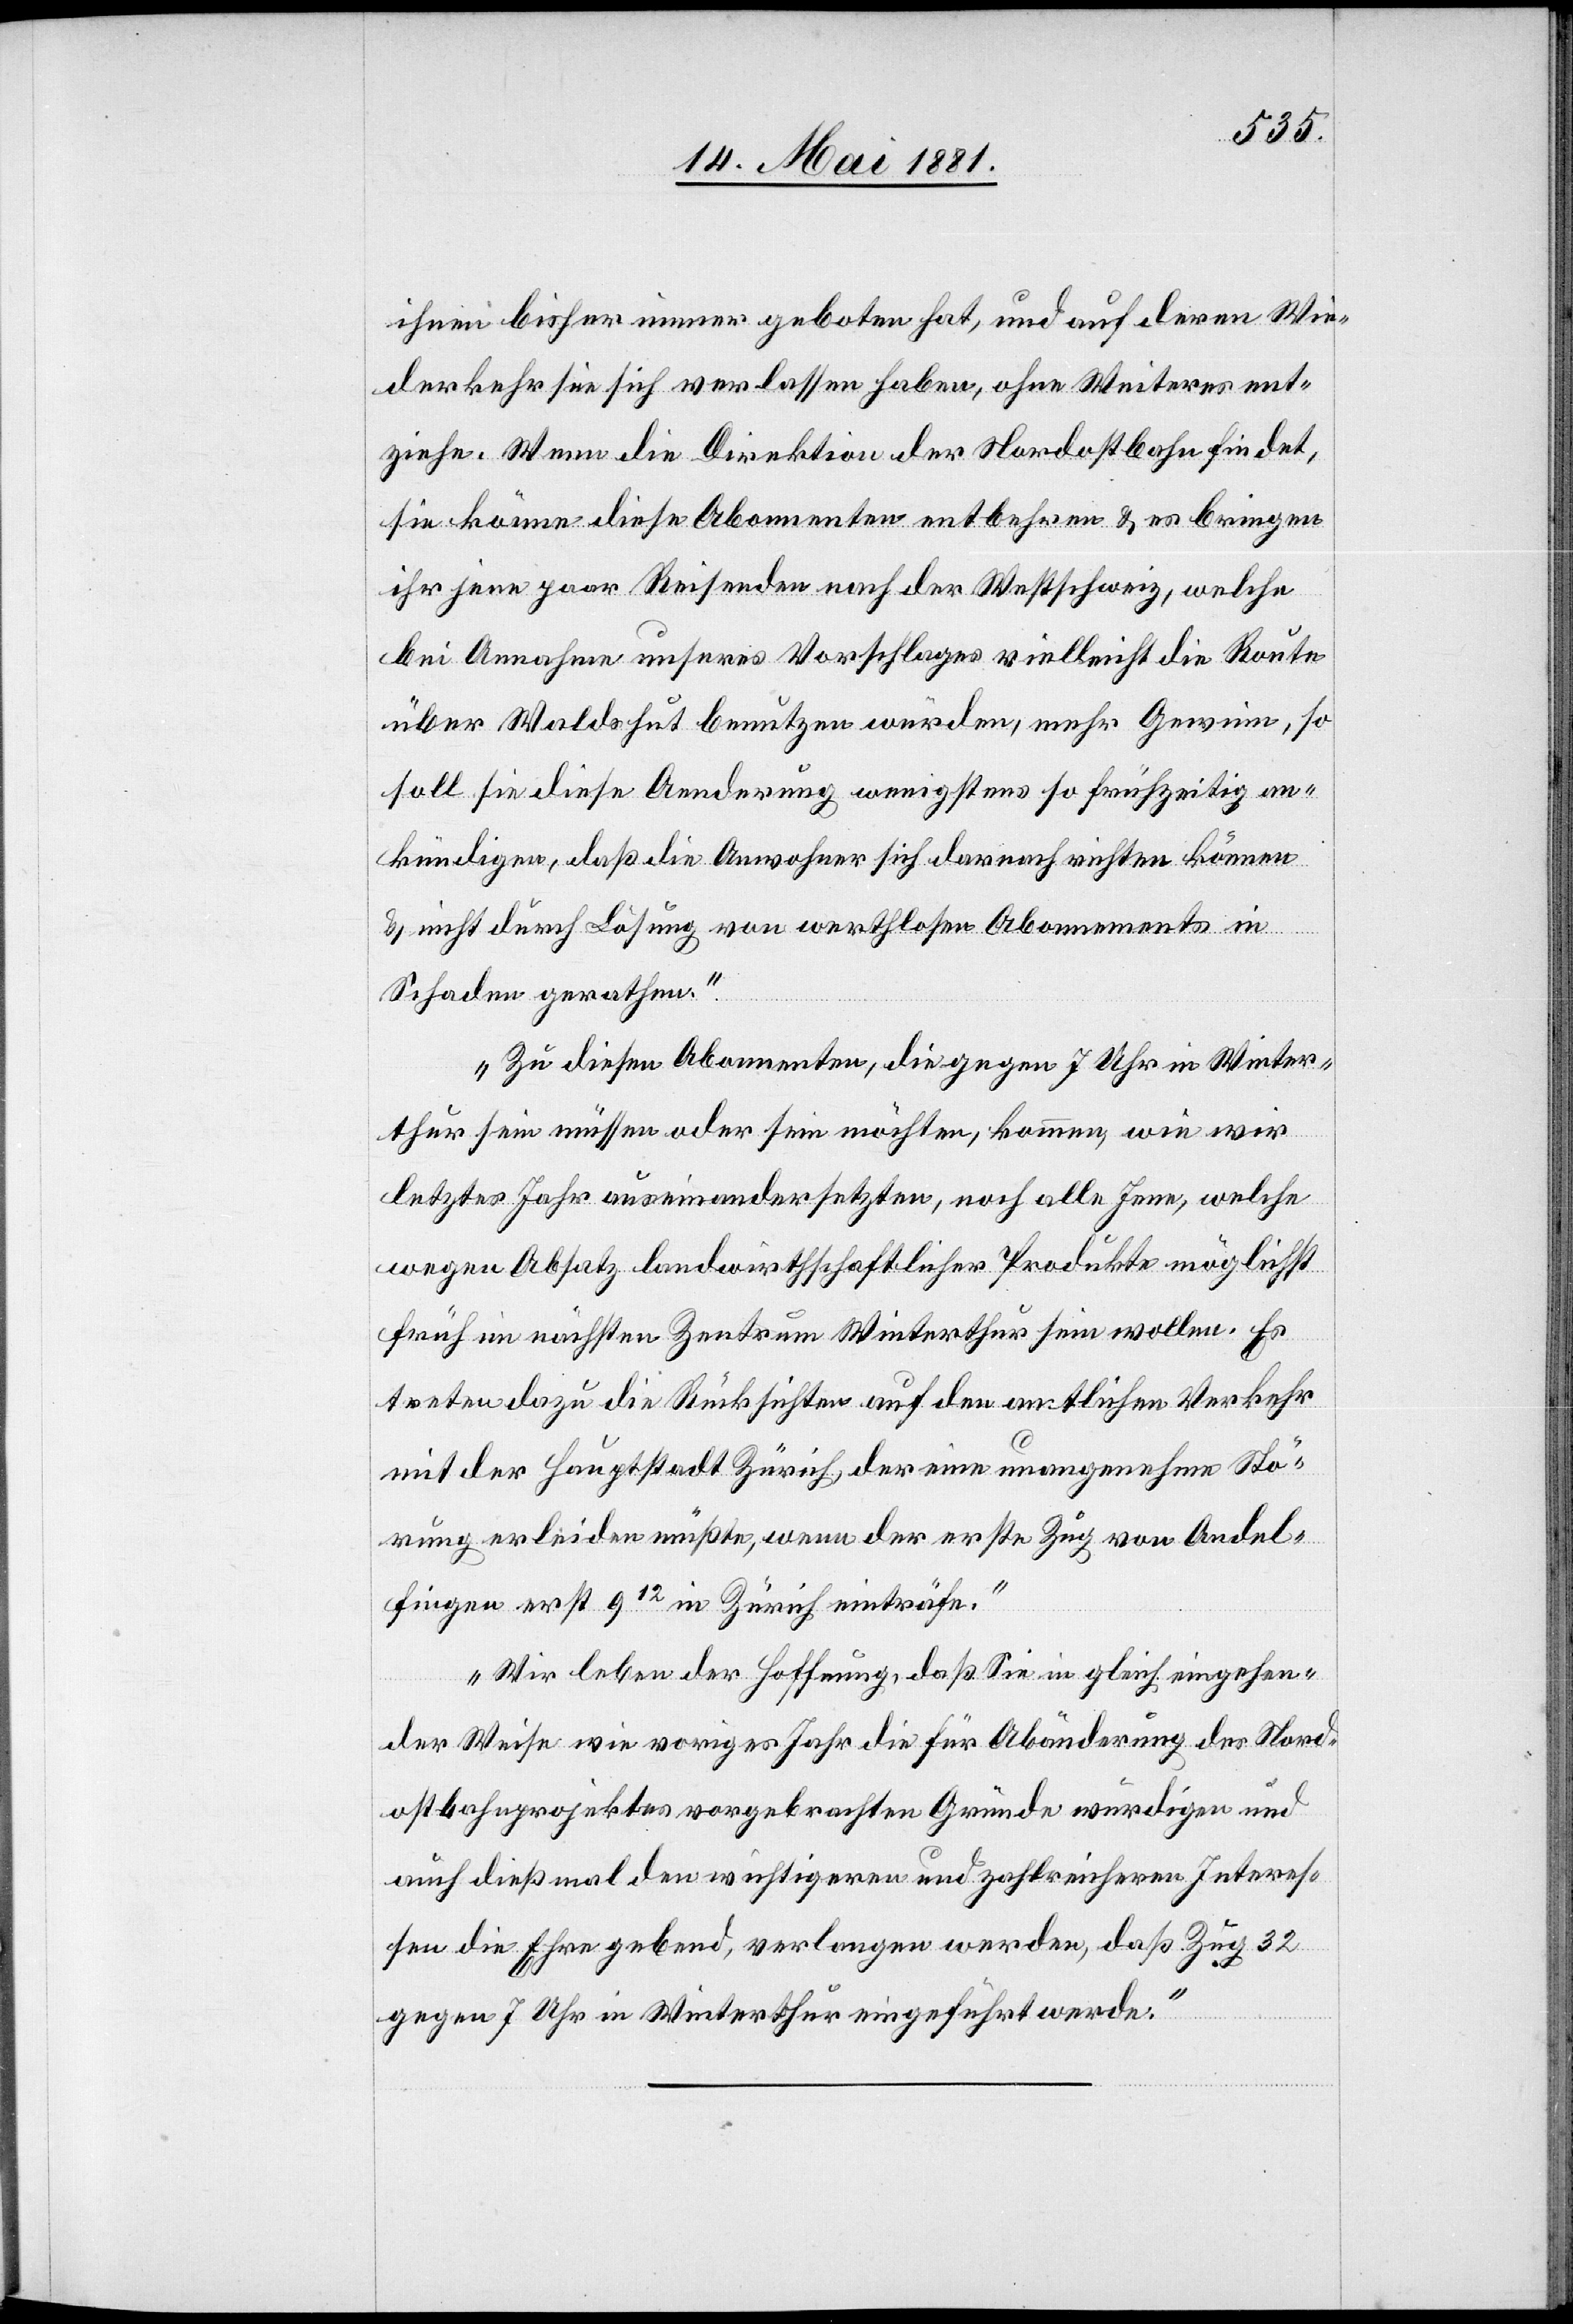
ihnen bisher immer geboten hat, und auf deren Wie¬
derkehr sie sich verlassen haben, ohne Weiteres ent¬
ziehe. Wenn die Direktion der Nordostbahn findet,
sie könne diese Abonnenten entbehren & es bringen
ihr jene paar Reisenden nach der Westschweiz, welche
bei Annahme unseres Vorschlages vielleicht die Route
über Waldshut benutzen würden, mehr Gewinn, so
soll sie diese Aenderung wenigstens so frühzeitig an¬
kündigen, daß die Anwohner sich darnach richten können
& nicht durch Lösung von werthlosen Abonnements in
Schaden gerathen.
Zu diesen Abonnenten, die gegen 7 Uhr in Winter¬
thur sein müssen oder sein möchten, kommen, wie wir
letztes Jahr auseinandersetzten, noch alle Jene, welche
wegen Absatz landwirthschaftlicher Produkte möglichst
früh im nächsten Zentrum Winterthur sein wollen. Es
treten dazu die Rücksichten auf den amtlichen Verkehr
mit der Hauptstadt Zürich, der eine unangenehme Stö¬
rung erleiden müßte, wenn der erste Zug von Andel¬
fingen erst 912 in Zürich einträfe.
Wir leben [in] der Hoffnung, daß Sie in gleich eingehen¬
der Weise wie voriges Jahr die für Abänderung des Nord¬
ostbahnprojektes vorgebrachten Gründe würdigen und
auch dieß mal den wichtigeren und zahlreicheren Interes¬
sen die Ehre gebend, verlangen werden, daß Zug 32
gegen 7 Uhr in Winterthur eingeführt werde.